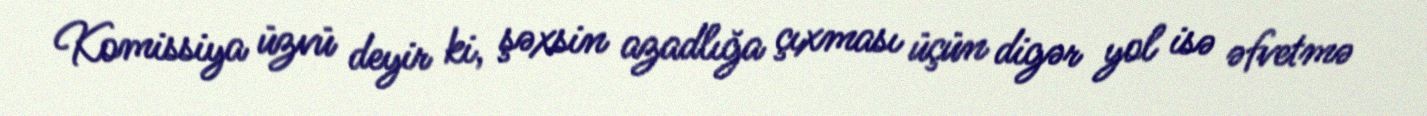
Komissiya üzvü deyir ki, şəxsin azadlığa çıxması üçün digər yol isə əfvetmə